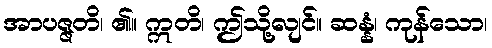
အာပဇ္ဇတိ၊ ၏။ ဣတိ၊ ဤသို့လျင်။ ဆန္နံ၊ ကုန်သော၊